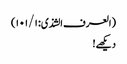
(العرف الشذی: ۱۰۱/۱)
دیکھے!